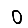
Digit: 0